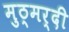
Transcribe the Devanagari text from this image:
मुठ्मर्दी